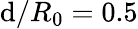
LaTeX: \mathrm{d}/R_{0}=0.5